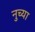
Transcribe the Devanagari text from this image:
नुच्या